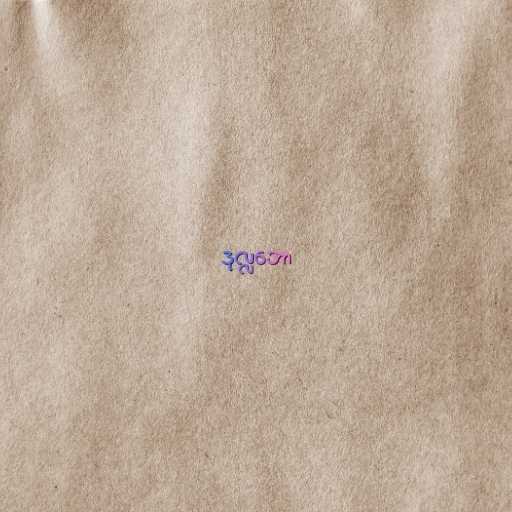
ဒုလ္လဘော